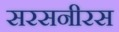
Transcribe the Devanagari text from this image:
सरसनीरस